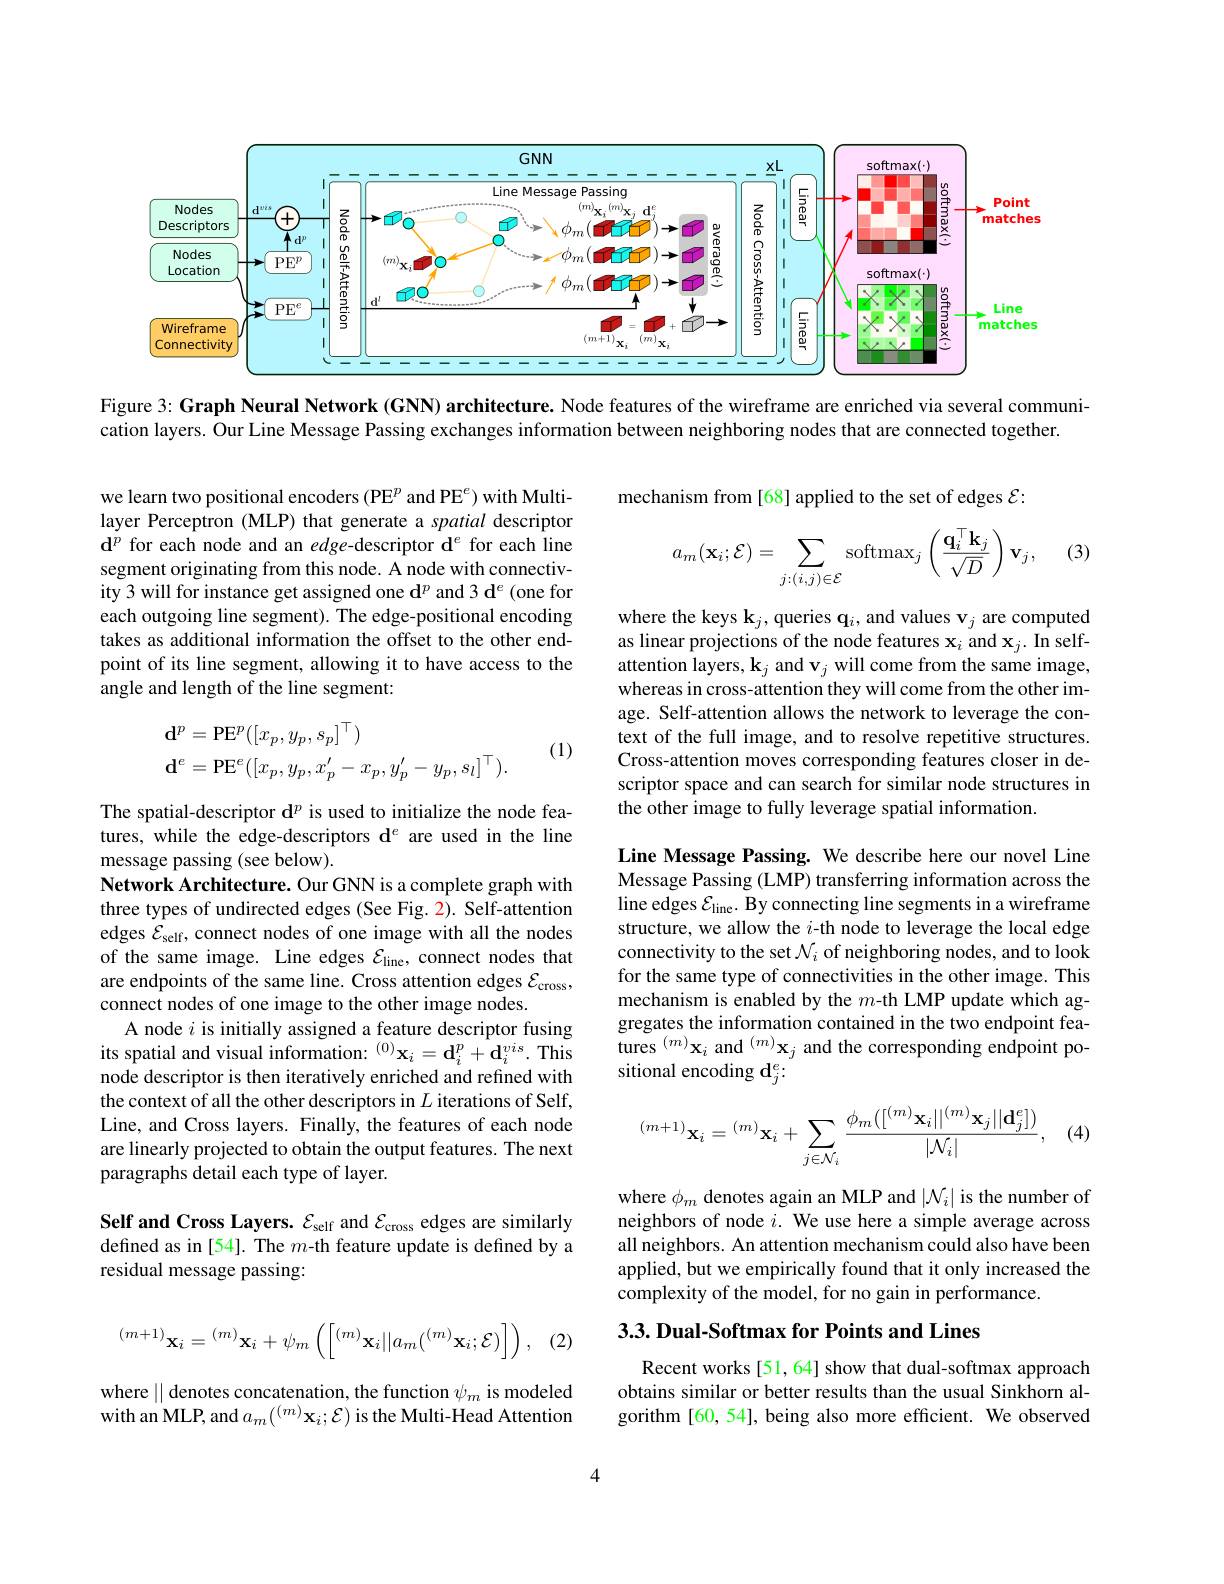
<FigureHere>

Figure 3: Graph Neural Network (GNN) architecture. Node features of the wireframe are enriched via several communi-

cation layers. Our Line Message Passing exchanges information between neighboring nodes that are connected together.

we learn two positional encoders (PE$^p$ and PE$^e)$ with Multilayer Perceptron (MLP) that generate a spatial descriptor $\mathbf{d}^p$ for each node and an edge-descriptor d$^e$ for each line segment originating from this node. A node with connectivity 3 will for instance get assigned one $\mathbf{d}^p$ and 3 d$^e$ (one for each outgoing line segment). The edge-positional encoding takes as additional information the offset to the other endpoint of its line segment, allowing it to have access to the angle and length of the line segment:
$$\begin{aligned}&\mathbf{d}^{p}=\mathrm{PE}^{p}([x_{p},y_{p},s_{p}]^{\top})\\&\mathbf{d}^{e}=\mathrm{PE}^{e}([x_{p},y_{p},x_{p}^{\prime}-x_{p},y_{p}^{\prime}-y_{p},s_{l}]^{\top}).\end{aligned}$$
(1)

The spatial-descriptor $\mathbf{d}^p$ is used to initialize the node features, while the edge-descriptors d$^e$ are used in the line message passing (see below).
Network Architecture. Our GNN is a complete graph with three types of undirected edges (See Fig. 2). Self-attention edges $\mathcal{E}_\mathrm{self}$, connect nodes of one image with all the nodes of the same image. Line edges $\mathcal{E}_\mathrm{line}$, connect nodes that are endpoints of the same line. Cross attention edges $\mathcal{E}_\mathrm{cross}$, connect nodes of one image to the other image nodes.
A node $i$ is initially assigned a feature descriptor fusing its spatial and visual information: $^{(0)}\mathbf{x}_{i}=\mathbf{d}_{i}^{p}+\mathbf{d}_{i}^{vis}.$ This node descriptor is then iteratively enriched and refined with the context of all the other descriptors in $L$ iterations of Self, Line, and Cross layers. Finally, the features of each node are linearly projected to obtain the output features. The next paragraphs detail each type of layer.

Self and Cross Layers. $\mathcal{E}_\mathrm{self}$ and $\mathcal{E}_\mathrm{cross}$ edges are similarly defined as in [54]. The $m$-th feature update is defined by a residual message passing:

(2)
$${}^{(m+1)}\mathbf{x}_{i}={}^{(m)}\mathbf{x}_{i}+\psi_{m}\left(\left[{}^{(m)}\mathbf{x}_{i}||a_{m}({}^{(m)}\mathbf{x}_{i};\mathcal{E})\right]\right),$$
where || denotes concatenation, the function $\psi_m$ is modeled with an MLP, and $a_m(^{(m)}\mathbf{x}_i;\mathcal{E})$ is the Multi-Head Attention

mechanism from [68] applied to the set of edges $\mathcal{E}:$

(3)
$$a_m(\mathbf{x}_i;\mathcal{E})=\sum_{j:(i,j)\in\mathcal{E}}\mathrm{softmax}_j\left(\frac{\mathbf{q}_i^\top\mathbf{k}_j}{\sqrt{D}}\right)\mathbf{v}_j,$$
where the keys $\mathbf{k}_j$,queries q$_i$,and values $\mathbf{v}_j$ are computed as linear projections of the node features $\mathbf{x}_i$ and $\mathbf{x}_j.$ In selfattention layers, $\mathbf{k}_j$ and v$_j$ will come from the same image, whereas in cross-attention they will come from the other image. Self-attention allows the network to leverage the context of the full image, and to resolve repetitive structures. Cross-attention moves corresponding features closer in descriptor space and can search for similar node structures in the other image to fully leverage spatial information.

Line Message Passing. We describe here our novel Line Message Passing (LMP) transferring information across the line edges $\mathcal{E}_\mathrm{line}.$ By connecting line segments in a wireframe structure, we allow the $i$-th node to leverage the local edge connectivity to the set $\mathcal{N}_i$ of neighboring nodes, and to look for the same type of connectivities in the other image. This mechanism is enabled by the $m$-th LMP update which aggregates the information contained in the two endpoint features $^{(m)}\mathbf{x}_{i}$ and $^{(m)}\mathbf{x}_{j}$ and the corresponding endpoint positional encoding $\mathbf{d}_j^e:$

(4)
$$^{(m+1)}\mathbf{x}_i=^{(m)}\mathbf{x}_i+\sum_{j\in\mathcal{N}_i}\frac{\phi_m([^{(m)}\mathbf{x}_i||^{(m)}\mathbf{x}_j||\mathbf{d}_j^e])}{|\mathcal{N}_i|},$$
where $\phi_m$ denotes again an MLP and $|\mathcal{N}_i|$ is the number of neighbors of node $i.$ We use here a simple average across all neighbors. An attention mechanism could also have been applied, but we empirically found that it only increased the complexity of the model, for no gain in performance

3.3. Dual- Softmax for Points and Lines

Recent works [51, 64] show that dual-softmax approach obtains similar or better results than the usual Sinkhorn algorithm [60, 54], being also more efficient. We observed

4